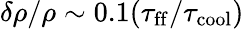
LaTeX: \delta\rho/\rho\sim 0.1(\tau_{\mathrm{ff}}/\tau_{\mathrm{cool}})